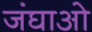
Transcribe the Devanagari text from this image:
जंघाओ